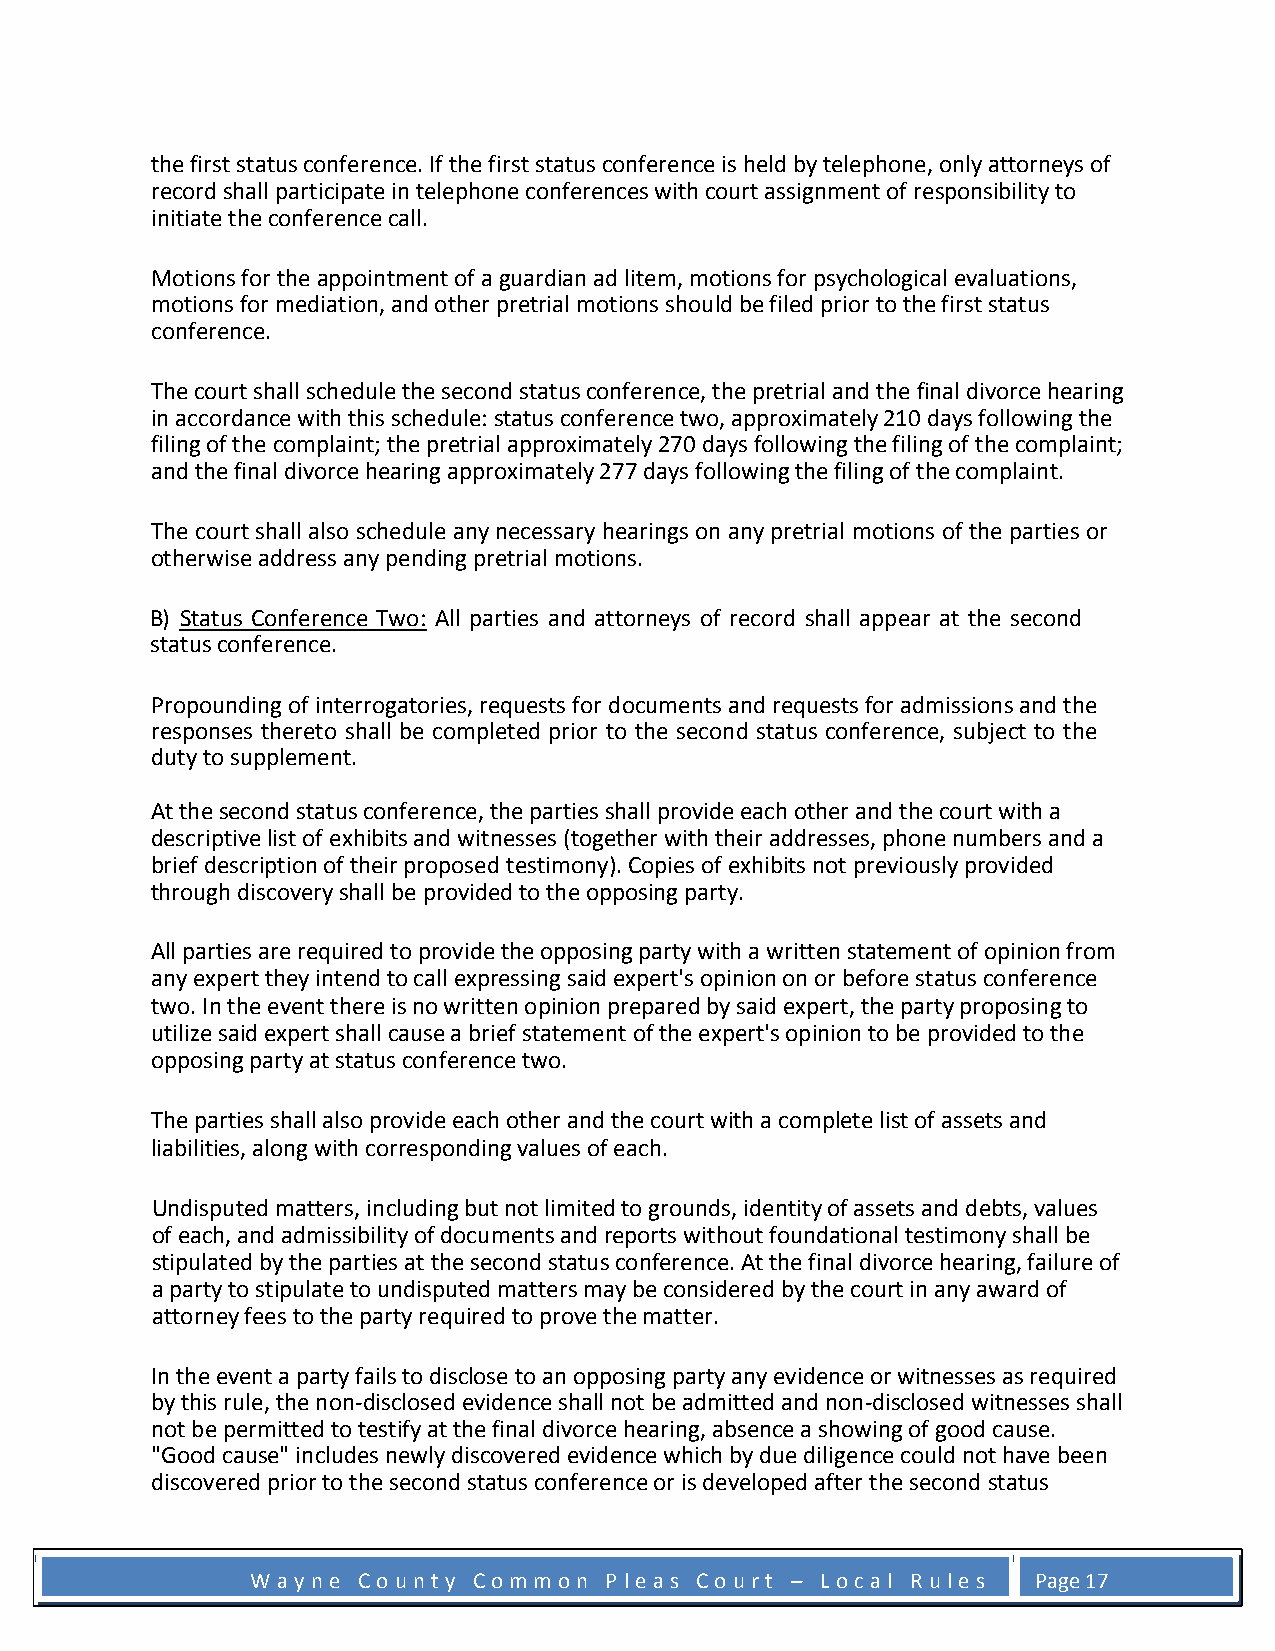
the first status conference. If the first status conference is held by telephone, only attorneys of
 record shall participate in telephone conferences with court assignment of responsibility to
 initiate the conference call.
 Motions for the appointment of a guardian ad litem, motions for psychological evaluations,
 motions for mediation, and other pretrial motions should be filed prior to the first status
 conference.
 The court shall schedule the second status conference, the pretrial and the final divorce hearing
 in accordance with this schedule: status conference two, approximately 210 days following the
 filing of the complaint; the pretrial approximately 270 days following the filing of the complaint;
 and the final divorce hearing approximately 277 days following the filing of the complaint.
 The court shall also schedule any necessary hearings on any pretrial motions of the parties or
 otherwise address any pending pretrial motions.
 B) Status Conference Two: All parties and attorneys of record shall appear at the second
 status conference.
 Propounding of interrogatories, requests for documents and requests for admissions and the
 responses thereto shall be completed prior to the second status conference, subject to the
 duty to supplement.
 At the second status conference, the parties shall provide each other and the court with a
 descriptive list of exhibits and witnesses (together with their addresses, phone numbers and a
 brief description of their proposed testimony). Copies of exhibits not previously provided
 through discovery shall be provided to the opposing party.
 All parties are required to provide the opposing party with a written statement of opinion from
 any expert they intend to call expressing said expert's opinion on or before status conference
 two. In the event there is no written opinion prepared by said expert, the party proposing to
 utilize said expert shall cause a brief statement of the expert's opinion to be provided to the
 opposing party at status conference two.
 The parties shall also provide each other and the court with a complete list of assets and
 liabilities, along with corresponding values of each.
 Undisputed matters, including but not limited to grounds, identity of assets and debts, values
 of each, and admissibility of documents and reports without foundational testimony shall be
 stipulated by the parties at the second status conference. At the final divorce hearing, failure of
 a party to stipulate to undisputed matters may be considered by the court in any award of
 attorney fees to the party required to prove the matter.
 In the event a party fails to disclose to an opposing party any evidence or witnesses as required
 by this rule, the non-disclosed evidence shall not be admitted and non-disclosed witnesses shall
 not be permitted to testify at the final divorce hearing, absence a showing of good cause.
 "Good cause" includes newly discovered evidence which by due diligence could not have been
 discovered prior to the second status conference or is developed after the second status
 W a y n e C o u n t y C o m m o n P l e a s C o u r t – L o c a l R u l e s Page 17